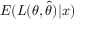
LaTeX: E ( L ( \theta , { \widehat { \theta } } ) | x )